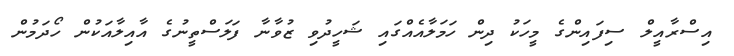
އިސްރާއީލް ސިފައިންގެ މީހަކު ދިން ހަމަލާއެއްގައި ޝަހީދުވި ޒުވާނާ ފަލަސްތީނުގެ އާއިލާއަކުން ހޯދަމުން